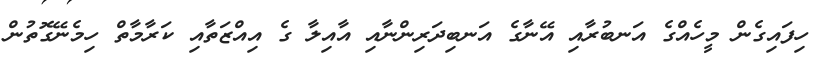
ހިފައިގެން މީހެއްގެ އަނބުރާއި އޭނާގެ އަނބިދަރިންނާއި އާއިލާ ގެ އިއްޒަތާއި ކަރާމާތް ހިމެނޭގޮތުން